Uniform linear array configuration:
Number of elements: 4
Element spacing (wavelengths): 1
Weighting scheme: hamming
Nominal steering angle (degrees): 45
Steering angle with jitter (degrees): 46.846
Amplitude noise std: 0.05
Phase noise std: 0.05

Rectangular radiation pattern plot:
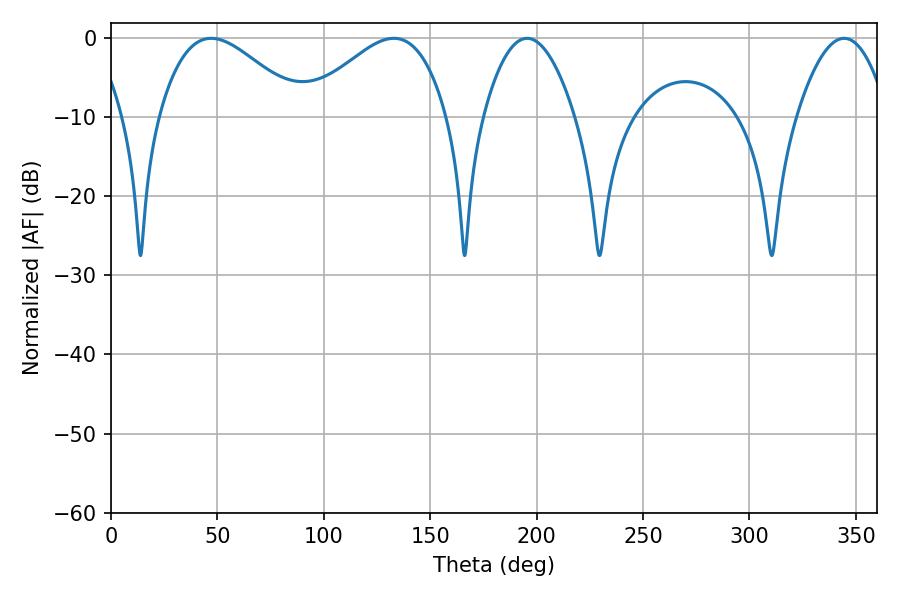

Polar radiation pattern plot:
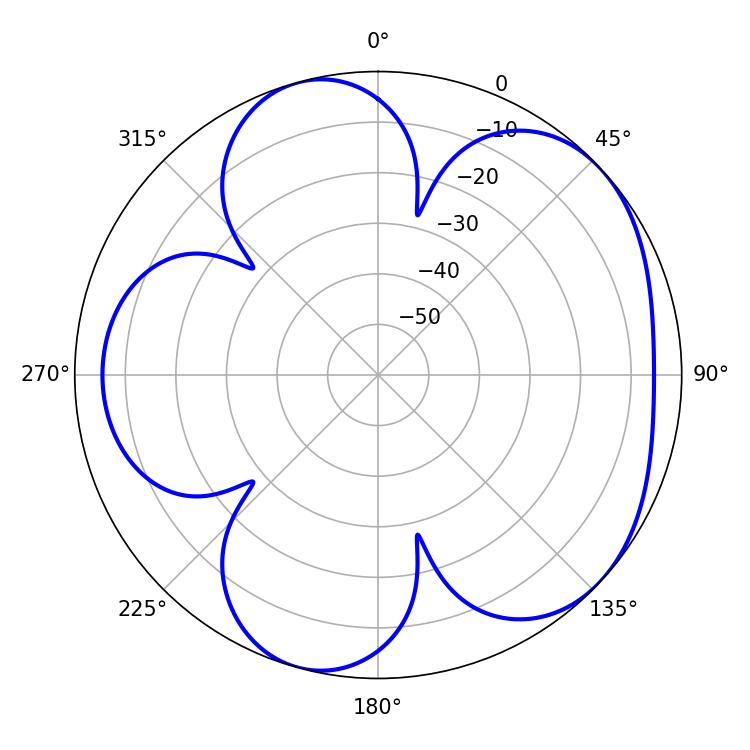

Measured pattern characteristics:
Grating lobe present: TRUE
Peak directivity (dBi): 4.997
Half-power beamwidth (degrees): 23.58
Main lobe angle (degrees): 195.48